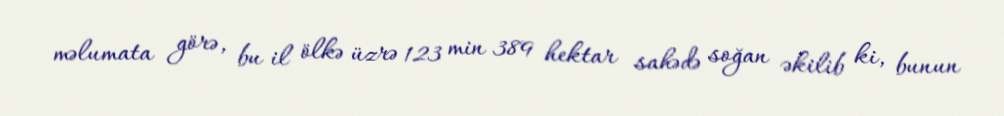
məlumata görə, bu il ölkə üzrə 123 min 389 hektar sahədə soğan əkilib ki, bunun